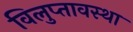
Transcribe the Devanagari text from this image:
विलुप्‍तावस्‍था